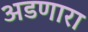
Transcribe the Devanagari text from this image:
अडणारा